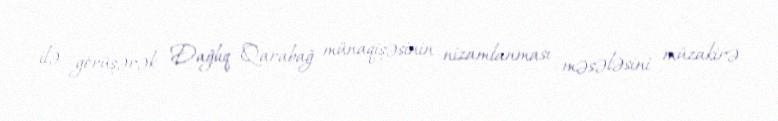
ilə görüşərək Dağlıq Qarabağ münaqişəsinin nizamlanması məsələsini müzakirə